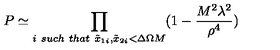
P \simeq \prod _ { i \ s u c h \ t h a t \ \tilde { x } _ { 1 i } , \tilde { x } _ { 2 i } < \Delta \Omega M } ( 1 - { \frac { M ^ { 2 } \lambda ^ { 2 } } { \rho ^ { 4 } } } )